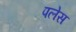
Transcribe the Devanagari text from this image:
पलेस